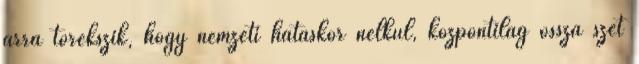
arra törekszik, hogy nemzeti hatáskör nélkül, központilag ossza szét